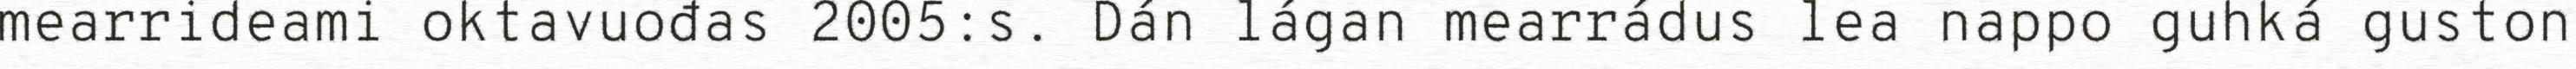
mearrideami oktavuođas 2005:s. Dán lágan mearrádus lea nappo guhká guston